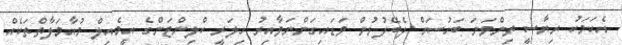
އެކަމަކު ރިޔާސީ ތިންވަނަ ބަހުސަށް ދެބޭފުޅުން ވަޑައިގަންނަވާއިރު ހިލަރީ ކްލިންޓަންގެ އީމެއިލް މުއާމަލާތްތަކެއް